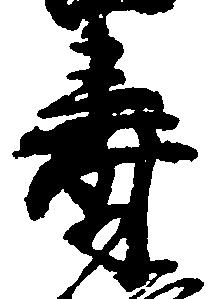
寿